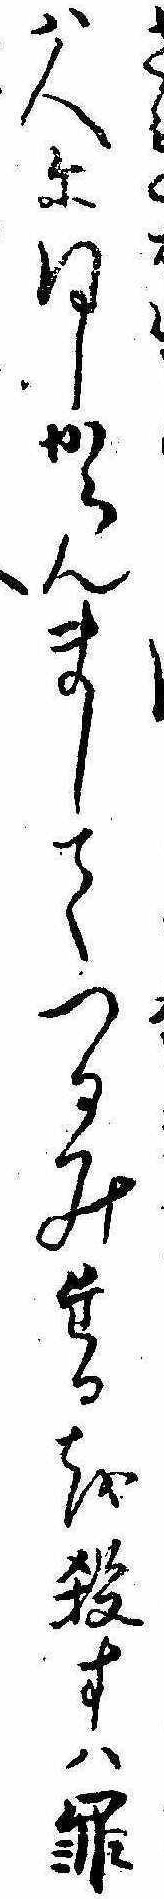
さは人に同しからんましてつるみたるを殺すは罪